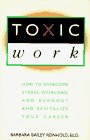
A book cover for Toxic Work: How to Overcome Stress, Overload, and Burnout and Revitalize Your Career; Barbara Bailey Reinhold; Business & Money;